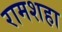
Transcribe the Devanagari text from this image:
रामशहा